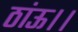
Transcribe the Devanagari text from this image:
ठांऊ।।